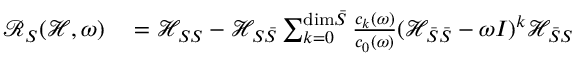
\begin{array} { r l } { \mathcal { R } _ { S } ( \mathcal { H } , \omega ) } & { { } = \mathcal { H } _ { S S } - \mathcal { H } _ { S \bar { S } } \sum _ { k = 0 } ^ { \mathrm { d i m } \bar { S } } \frac { c _ { k } ( \omega ) } { c _ { 0 } ( \omega ) } ( \mathcal { H } _ { \bar { S } \bar { S } } - \omega I ) ^ { k } \mathcal { H } _ { \bar { S } S } } \end{array}